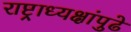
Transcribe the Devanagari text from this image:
राष्ट्राध्यक्षांपुढे